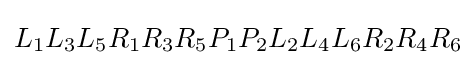
L_{1}L_{3}L_{5}R_{1}R_{3}R_{5}P_{1}P_{2}L_{2}L_{4}L_{6}R_{2}R_{4}R_{6}